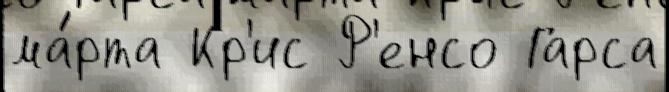
ма́рта Кр'ис Р'енсо Гарса